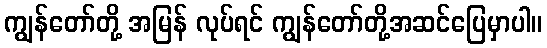
ကျွန်တော်တို့ အမြန် လုပ်ရင် ကျွန်တော်တို့အဆင်ပြေမှာပါ။